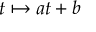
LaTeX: t \mapsto a t + b